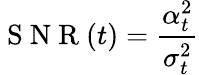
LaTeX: \mathrm{~S~N~R~}(t)=\frac{\alpha_{t}^{2}}{\sigma_{t}^{2}}